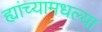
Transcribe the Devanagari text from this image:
ह्यांच्यामधल्या